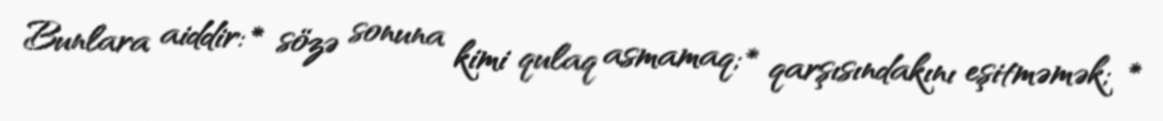
Bunlara aiddir: * sözə sonuna kimi qulaq asmamaq; * qarşısındakını eşitməmək; *